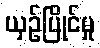
ယှဉ်ပြိုင်မှု